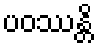
ပဝဿန္တိ